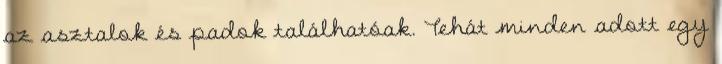
az asztalok és padok találhatóak. Tehát minden adott egy